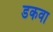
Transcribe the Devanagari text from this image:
डकवा